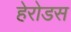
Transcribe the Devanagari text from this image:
हेरोडस